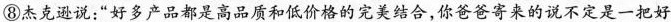
⑧杰逊说：“好多产品都是高品质和低价格的完美结合，你爸爸寄来的说不定是一把好